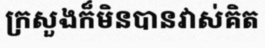
ក្រសួងក៏មិនបានវាស់គិត